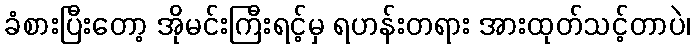
ခံစားပြီးတော့ အိုမင်းကြီးရင့်မှ ရဟန်းတရား အားထုတ်သင့်တာပဲ၊